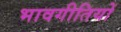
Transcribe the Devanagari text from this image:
भावगीतियों